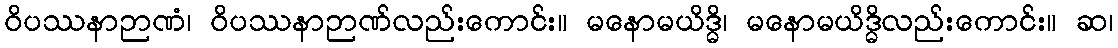
ဝိပဿနာဉာဏံ၊ ဝိပဿနာဉာဏ်လည်းကောင်း။ မနောမယိဒ္ဓိ၊ မနောမယိဒ္ဓိလည်းကောင်း။ ဆ၊